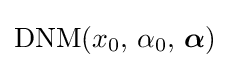
{\textrm {DNM}}(x_{0},\,\alpha _{0},\,{\boldsymbol {\alpha }})